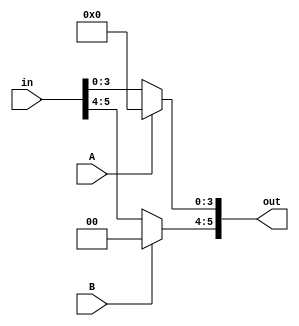

module x14503B(
  input [5:0] in,
  output [5:0] out,
  input A,
  input B
);

assign out = { B ? 2'b00 : in[5:4], A ? 4'b00 : in[3:0] };

endmodule